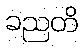
ခညတိ